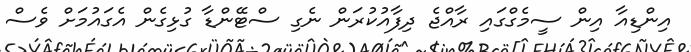
އިންޑިއާ އިން ސީމެގްގައި ރާއްޖެ ދިފާއުކުރަން ނެގި ސްޓޭންޑާ ގުޅިގެން އެގައުމަށް ވެސް